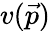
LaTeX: v({\vec{p}})